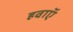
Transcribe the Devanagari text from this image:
हवाऍ